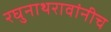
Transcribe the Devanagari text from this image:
रघुनाथरावांनीच